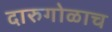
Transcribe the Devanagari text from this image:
दारुगोळाच